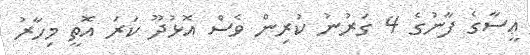
ޢީސާގެ ފާނުގެ 4 ގަރުނު ކުރިން ވެސް އޮޅުދޫ ކަރަ އޮތީ މިހާރު